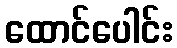
ထောင်ပေါင်း